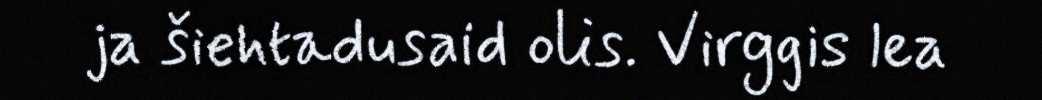
ja šiehtadusaid olis. Virggis lea